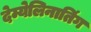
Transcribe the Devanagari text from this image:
देम्येलिनातिंग